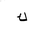
Letter: _kaf